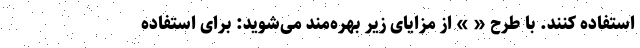
استفاده کنند. با طرح « » از مزایای زیر بهره‌مند می‌شوید: برای استفاده